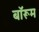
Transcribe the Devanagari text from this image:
बॉरूम